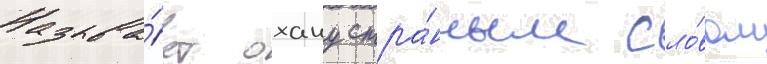
Называ́ет охану стра́нным сло́вом